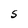
Character: S